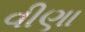
વીણા